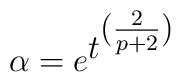
\alpha=e^{ \textstyle  t^{ \textstyle (\frac{2}{p+2}) } }